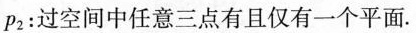
p2：过空间中任意三点有且仅有一个平面.